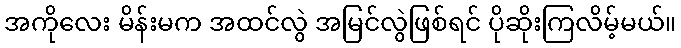
အကိုလေး မိန်းမက အထင်လွဲ အမြင်လွဲဖြစ်ရင် ပိုဆိုးကြလိမ့်မယ်။